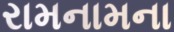
રામનામના